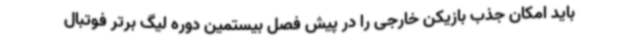
باید امکان جذب بازیکن خارجی را در پیش فصل بیستمین دوره لیگ برتر فوتبال